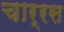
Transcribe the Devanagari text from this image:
चार्रस